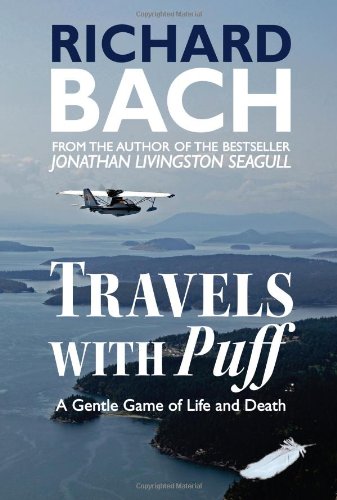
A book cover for Travels with Puff: A Gentle Game of Life and Death; Richard Bach; Travel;